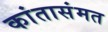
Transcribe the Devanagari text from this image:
कांतासंमत